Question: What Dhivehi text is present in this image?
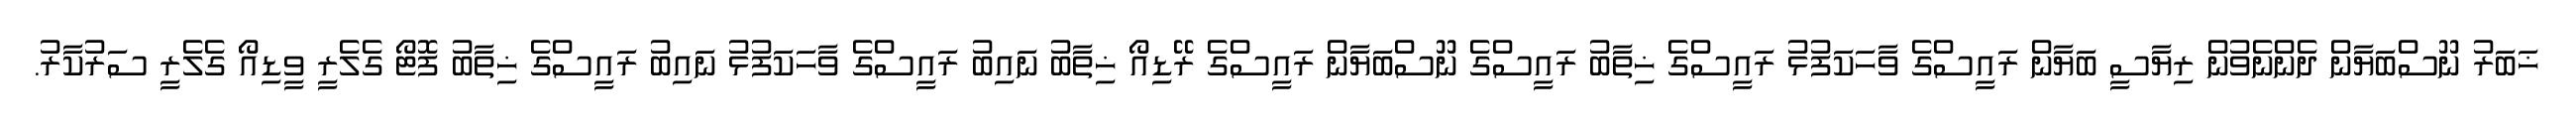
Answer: ޚަބަރު ނޫސްބަޔާން ދެންނެވުން ރިޔާސީ ބަޔާން ރައީސްގެ ވާހަކަފުޅު ރައީސްގެ ޚިތާބު ރައީސްގެ ނޫސްބަޔާން ރައީސްގެ ރޭޑިއޯ ޚިތާބު ނައިބު ރައީސްގެ ވާހަކަފުޅު ނައިބު ރައީސްގެ ޚިތާބު ފޮޓޯ ގެލެރީ ވީޑިއޯ ގެލެރީ ސަރުކާރު.